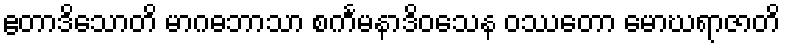
ဧတာဒိသောတိ မာဂဓဘာသာ စင်္ကမနာဒိဝသေန ဝဿတော မောဃရာဇာတိ